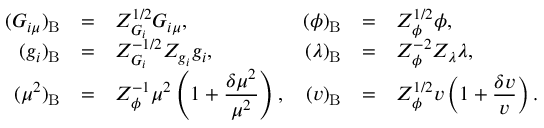
\begin{array} { r c l r c l } { { ( G _ { i \mu } ) _ { \mathrm { B } } } } & { { = } } & { { Z _ { G _ { i } } ^ { 1 / 2 } G _ { i \mu } , } } & { { ( \phi ) _ { \mathrm { B } } } } & { { = } } & { { Z _ { \phi } ^ { 1 / 2 } \phi , } } \\ { { \displaystyle ( g _ { i } ) _ { \mathrm { B } } } } & { { = } } & { { Z _ { G _ { i } } ^ { - 1 / 2 } Z _ { g _ { i } } g _ { i } , } } & { { ( \lambda ) _ { \mathrm { B } } } } & { { = } } & { { Z _ { \phi } ^ { - 2 } Z _ { \lambda } \lambda , } } \\ { { ( \mu ^ { 2 } ) _ { \mathrm { B } } } } & { { = } } & { { \displaystyle Z _ { \phi } ^ { - 1 } \mu ^ { 2 } \left( 1 + \frac { \delta \mu ^ { 2 } } { \mu ^ { 2 } } \right) , } } & { { ( v ) _ { \mathrm { B } } } } & { { = } } & { { \displaystyle Z _ { \phi } ^ { 1 / 2 } v \left( 1 + \frac { \delta v } { v } \right) . } } \end{array}